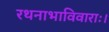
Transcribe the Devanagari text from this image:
रथनाभाविवाराः।